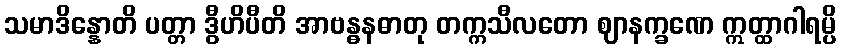
သမာဒိန္နောတိ ပတ္တာ ဒွီဟိပီတိ အာဗန္ဓနဓာတု တက္ကသီလတော ဈာနက္ခဏေ ဣတ္ထာဂါရမ္ပိ